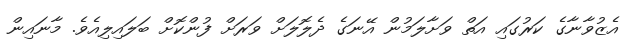
އެޒުވާނާގެ ކަރުގައި އަތް ވަށާލަމުން އޭނަގެ ދެލޮލަށް ވަރަށް ފުންކޮށް ބަލައިލިއެވެ. މާނައިން